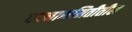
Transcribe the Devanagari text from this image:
घटनासमितीतील